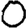
Digit: 0